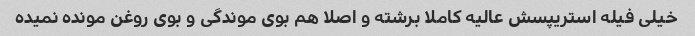
خیلی فیله استریپسش عالیه کاملا برشته و اصلا هم بوی موندگی و بوی روغن مونده نمیده